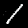
Label: 1